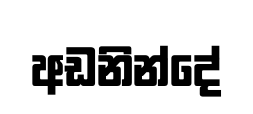
අඩනින්දේ